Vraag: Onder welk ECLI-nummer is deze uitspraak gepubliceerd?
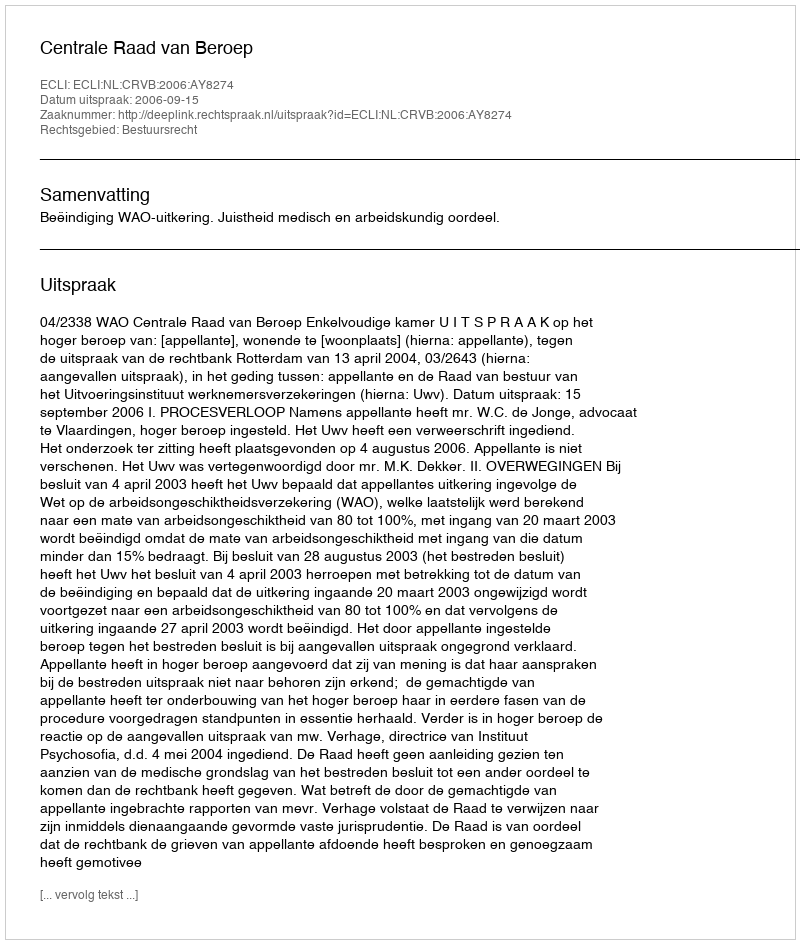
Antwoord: ECLI:NL:CRVB:2006:AY8274